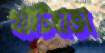
খাটিহাতা